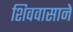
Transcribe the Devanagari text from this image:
शिववासाने